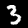
Digit: 3